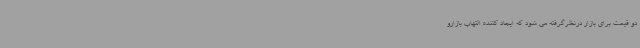
دو قیمت برای بازار درنظرگرفته می شود که ایجاد کننده التهاب بازارو